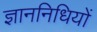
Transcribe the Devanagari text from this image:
ज्ञाननिधियों